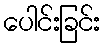
ပေါင်းခြင်း